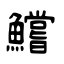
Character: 鱨